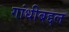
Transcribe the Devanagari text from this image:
गांधीबद्दल